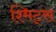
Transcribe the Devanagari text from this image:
श्मिट्स